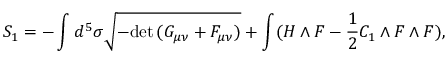
S _ { 1 } = - \int d ^ { 5 } \sigma \sqrt { - \mathrm { d e t } \, ( G _ { \mu \nu } + \cal F _ { \mu \nu } ) } + \int ( { \cal H } \wedge { \cal F } - \frac { 1 } { 2 } C _ { 1 } \wedge { \cal F } \wedge { \cal F } ) ,